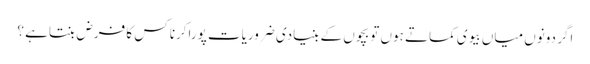
اگر دونوں میاں بیوی کماتے ہوں تو بچوں کے بنیادی ضروریات پوراکرنا کس کا فرض بنتاہے ؟